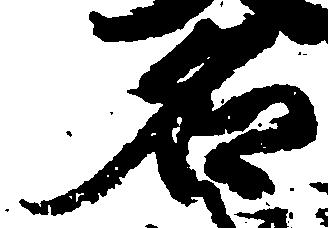
名